Annual report of the Madras Medical College
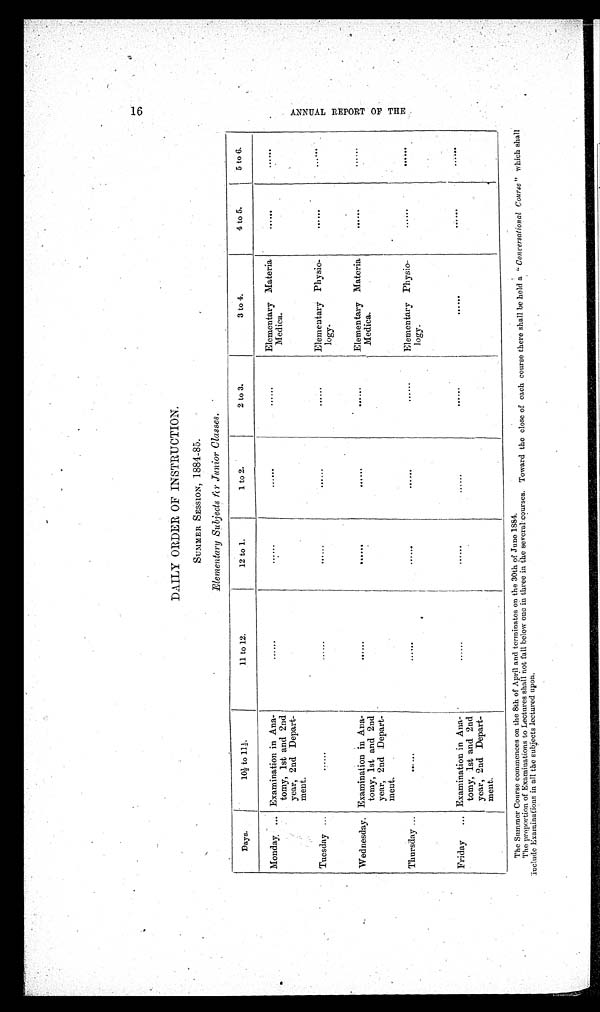
DAILY ORDER OF INSTRUCTION.
SUMMER SESSION, 1884-85.
Elementary Subjects for Junior Classes.
Days.
10½ to 11½.
11 to 12.
12 to 1.
1 to 2.
2 to 3.
3 to 4.
4 to 5.
5 to 6.
Monday ... Examination in Ana-
tomy, 1st and 2nd
year, 2nd Depart-
ment.
......
......
. . . . .
......
Elementary Materia
Medica.
......
......
Tuesday ...
... ...
......
,
......
. . . . . .
......
Elementary Physio,-
logy.
......
......
Wednesday. Examination in Ana-
tomy, 1st and 2nd
year, 2nd Depart-
ment.
......
. . . . . . .
......
......
Elementary Materia
Medica.
......
. . . . .
Thursday ...
......
. . . . . . .
. . . . . .
......
Elementary Physio-
logy.
......
......
Friday
... Examination in Ana-
tomy, 1st and 2nd
year, 2nd Depart-
ment.
......
......
......
......
. . . . . .
......
.
The Summer Course commences on the 8th of April and terminates on the 30th of June 1884.
The proportion of Examinations to Lectures shall not fall below one in three in the several courses. Toward the close of each course there shall be held a " Conversational Course" which shall
include Examinations in all the subjects lectured upon.
A N N U A L R E P O R T O F T H E